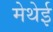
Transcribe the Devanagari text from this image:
मेथेई